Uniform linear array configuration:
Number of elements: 4
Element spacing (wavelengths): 0.75
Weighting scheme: hamming
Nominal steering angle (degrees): -30
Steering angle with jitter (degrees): -28.939
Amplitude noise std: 0.05
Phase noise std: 0.05

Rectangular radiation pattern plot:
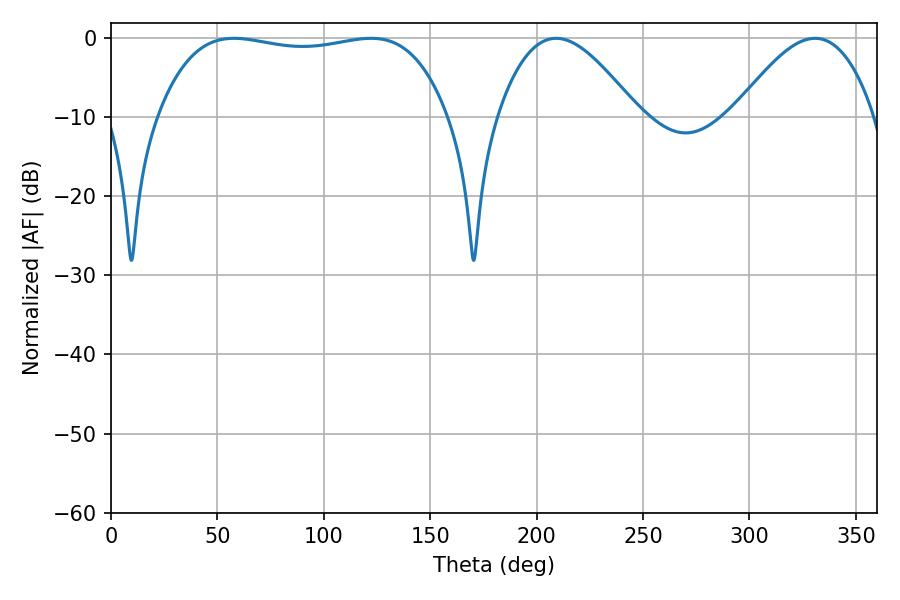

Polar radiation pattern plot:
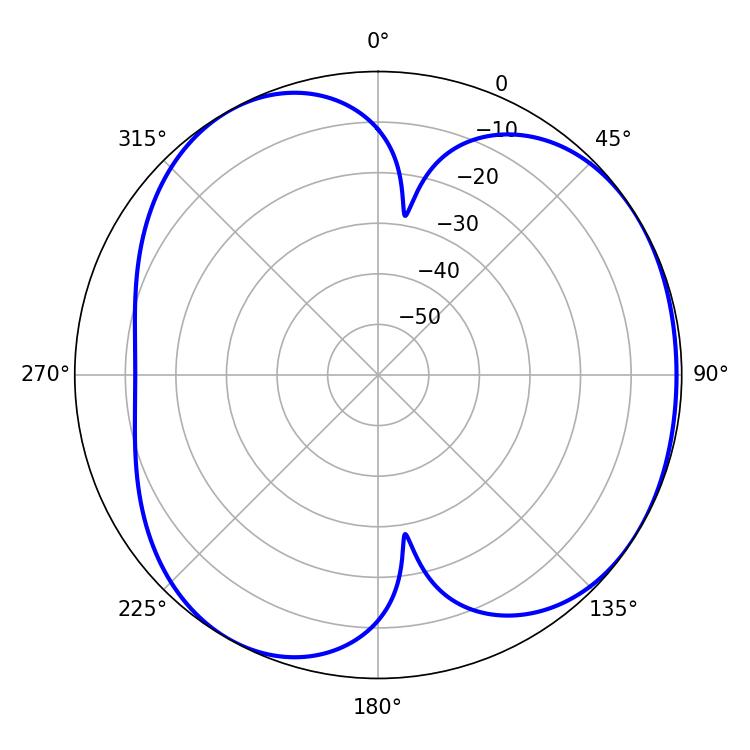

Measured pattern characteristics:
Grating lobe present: TRUE
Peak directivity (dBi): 4.316
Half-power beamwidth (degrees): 108.72
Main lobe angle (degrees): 57.78